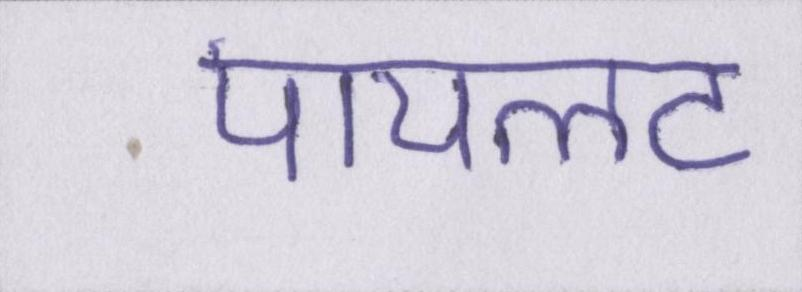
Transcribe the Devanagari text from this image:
पायलट